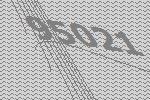
95021